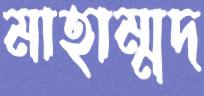
মাহাম্মদ